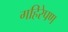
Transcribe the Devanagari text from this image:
गहिरेपण